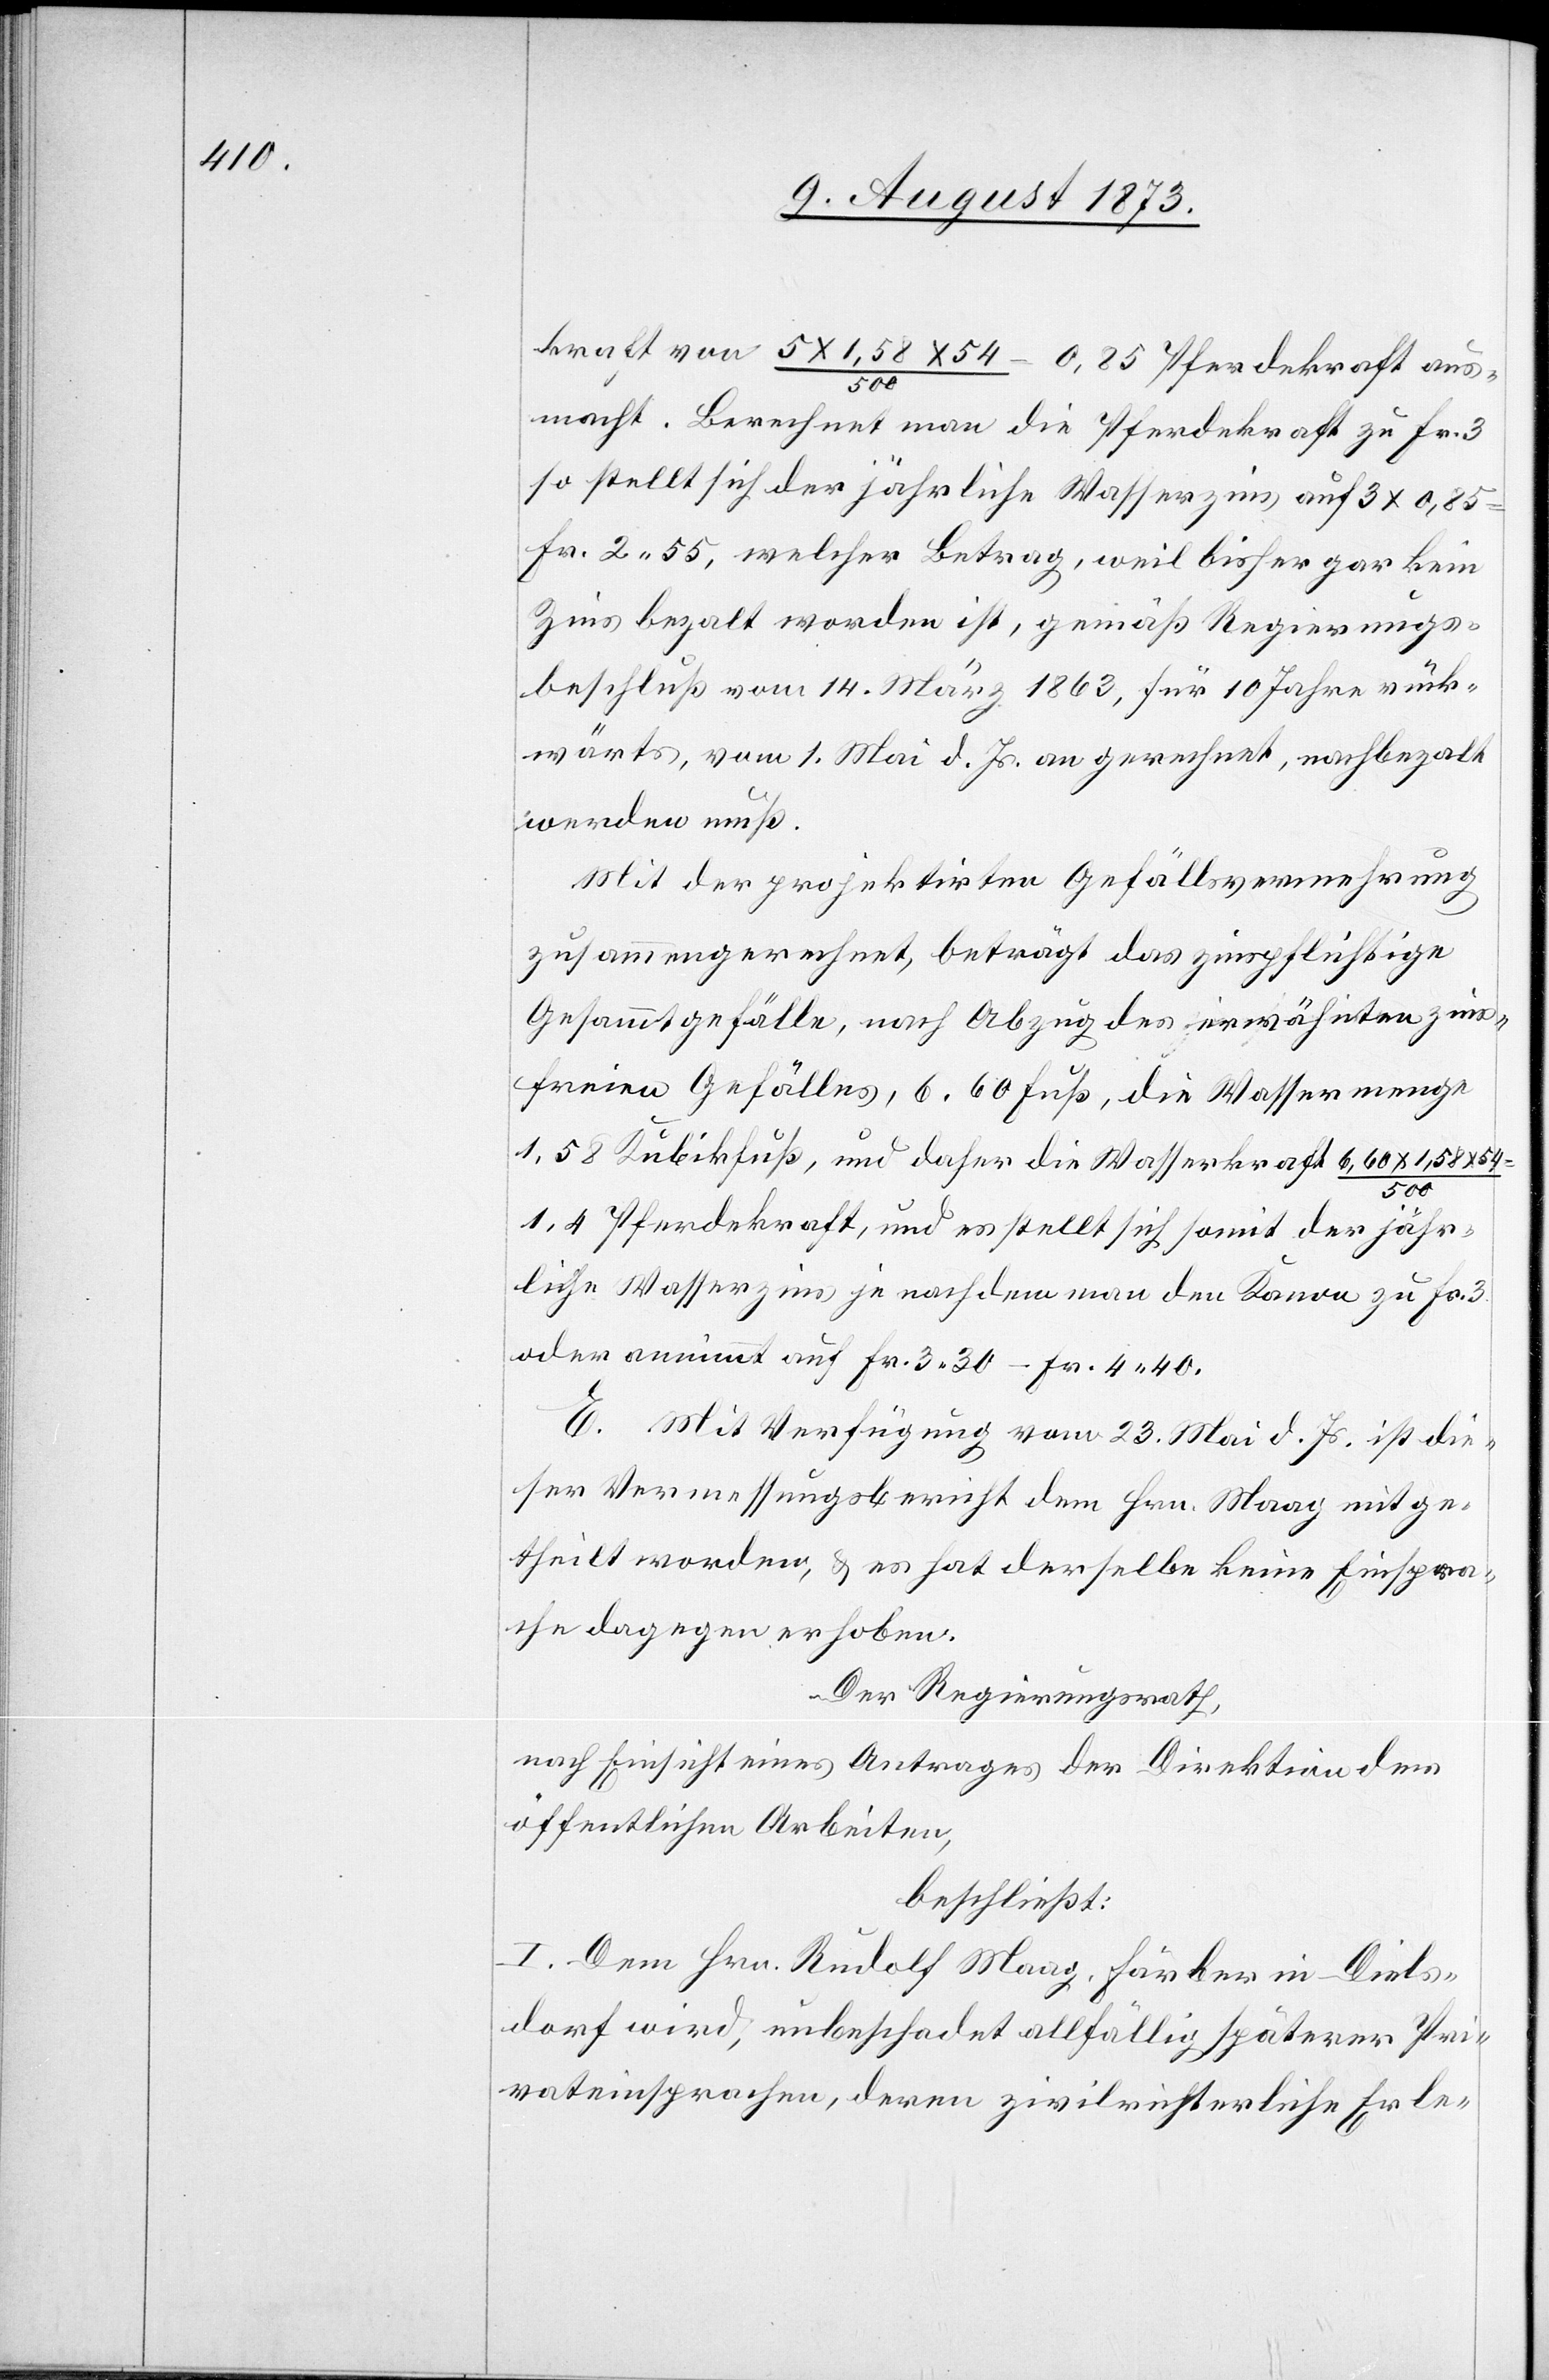
kraft von 5 x 1,58 x 54/500 = 0,85 Pferdekraft aus¬
macht. Berechnet man die Pferdekraft zu Fr. 3
so stellt sich der jährliche Wasserzins auf 3 x 0,85
Fr. 2 55, welcher Betrag, weil bisher gar kein
Zins bezalt worden ist, gemäß Regierungs¬
beschluß vom 14. März 1863, für 10 Jahre rück¬
wärts, vom 1. Mai d. Js. an gerechnet, nachbezalt
werden muß.
Mit der projektirten Gefällsvermehrung
zusammengerechnet, beträgt das zinspflichtige
Gesammtgefälle, nach Abzug des erwähnten zins¬
freien Gefälles, 6,60 Fuß, die Wassermenge
1,58 Kubikfuß, und daher die Wasserkraft 6,60
1,4 Pferdekraft, und es stellt sich somit der jähr¬
liche Wasserzins je nachdem man den Kanon zu Fr. 3
oder annimmt [sic!] auf Fr. 3 30–Fr. 4 40.
E. Mit Verfügung vom 23. Mai d. Js. ist die¬
ser Vermessungsbericht dem Hrn. Maag mitge¬
theilt worden, & es hat derselbe keine Einspra¬
che dagegen erhoben.
Der Regierungsrath,
nach Einsicht eines Antrages der Direktion der
öffentlichen Arbeiten,
beschließt:
I. Dem Hrn. Rudolf Maag, Färber in Diels¬
dorf wird, unbeschadet allfällig späterer Pri¬
vateinsprachen, deren zivilrichterliche Erle-